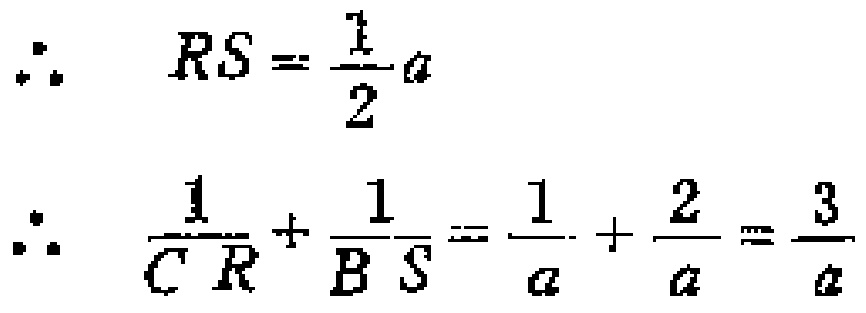
\[
\begin{align*}
\therefore\quad RS&=\frac{1}{2}a\\
\therefore\quad \frac{1}{CR}+\frac{1}{BS}&=\frac{1}{a}+\frac{2}{a}=\frac{3}{a}
\end{align*}
\]